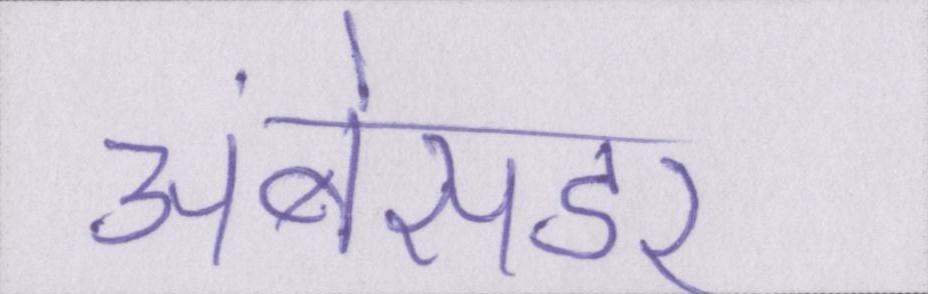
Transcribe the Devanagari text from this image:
अंबेसडर